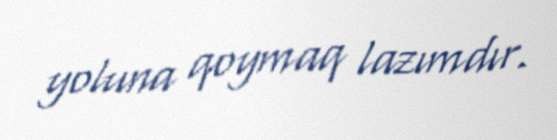
yoluna qoymaq lazımdır.